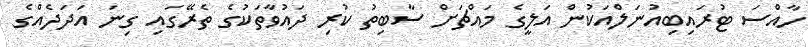
ހާއްސަ ޓުރައިބިއުނަލްއަކުން އަލީގެ މައްޗަށް ސާބިތު ކުރި ދައުވާތަކުގެ ތެރޭގައި ގިނަ އަދަދެއްގެ